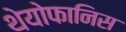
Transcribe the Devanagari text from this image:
थेयोफानिस